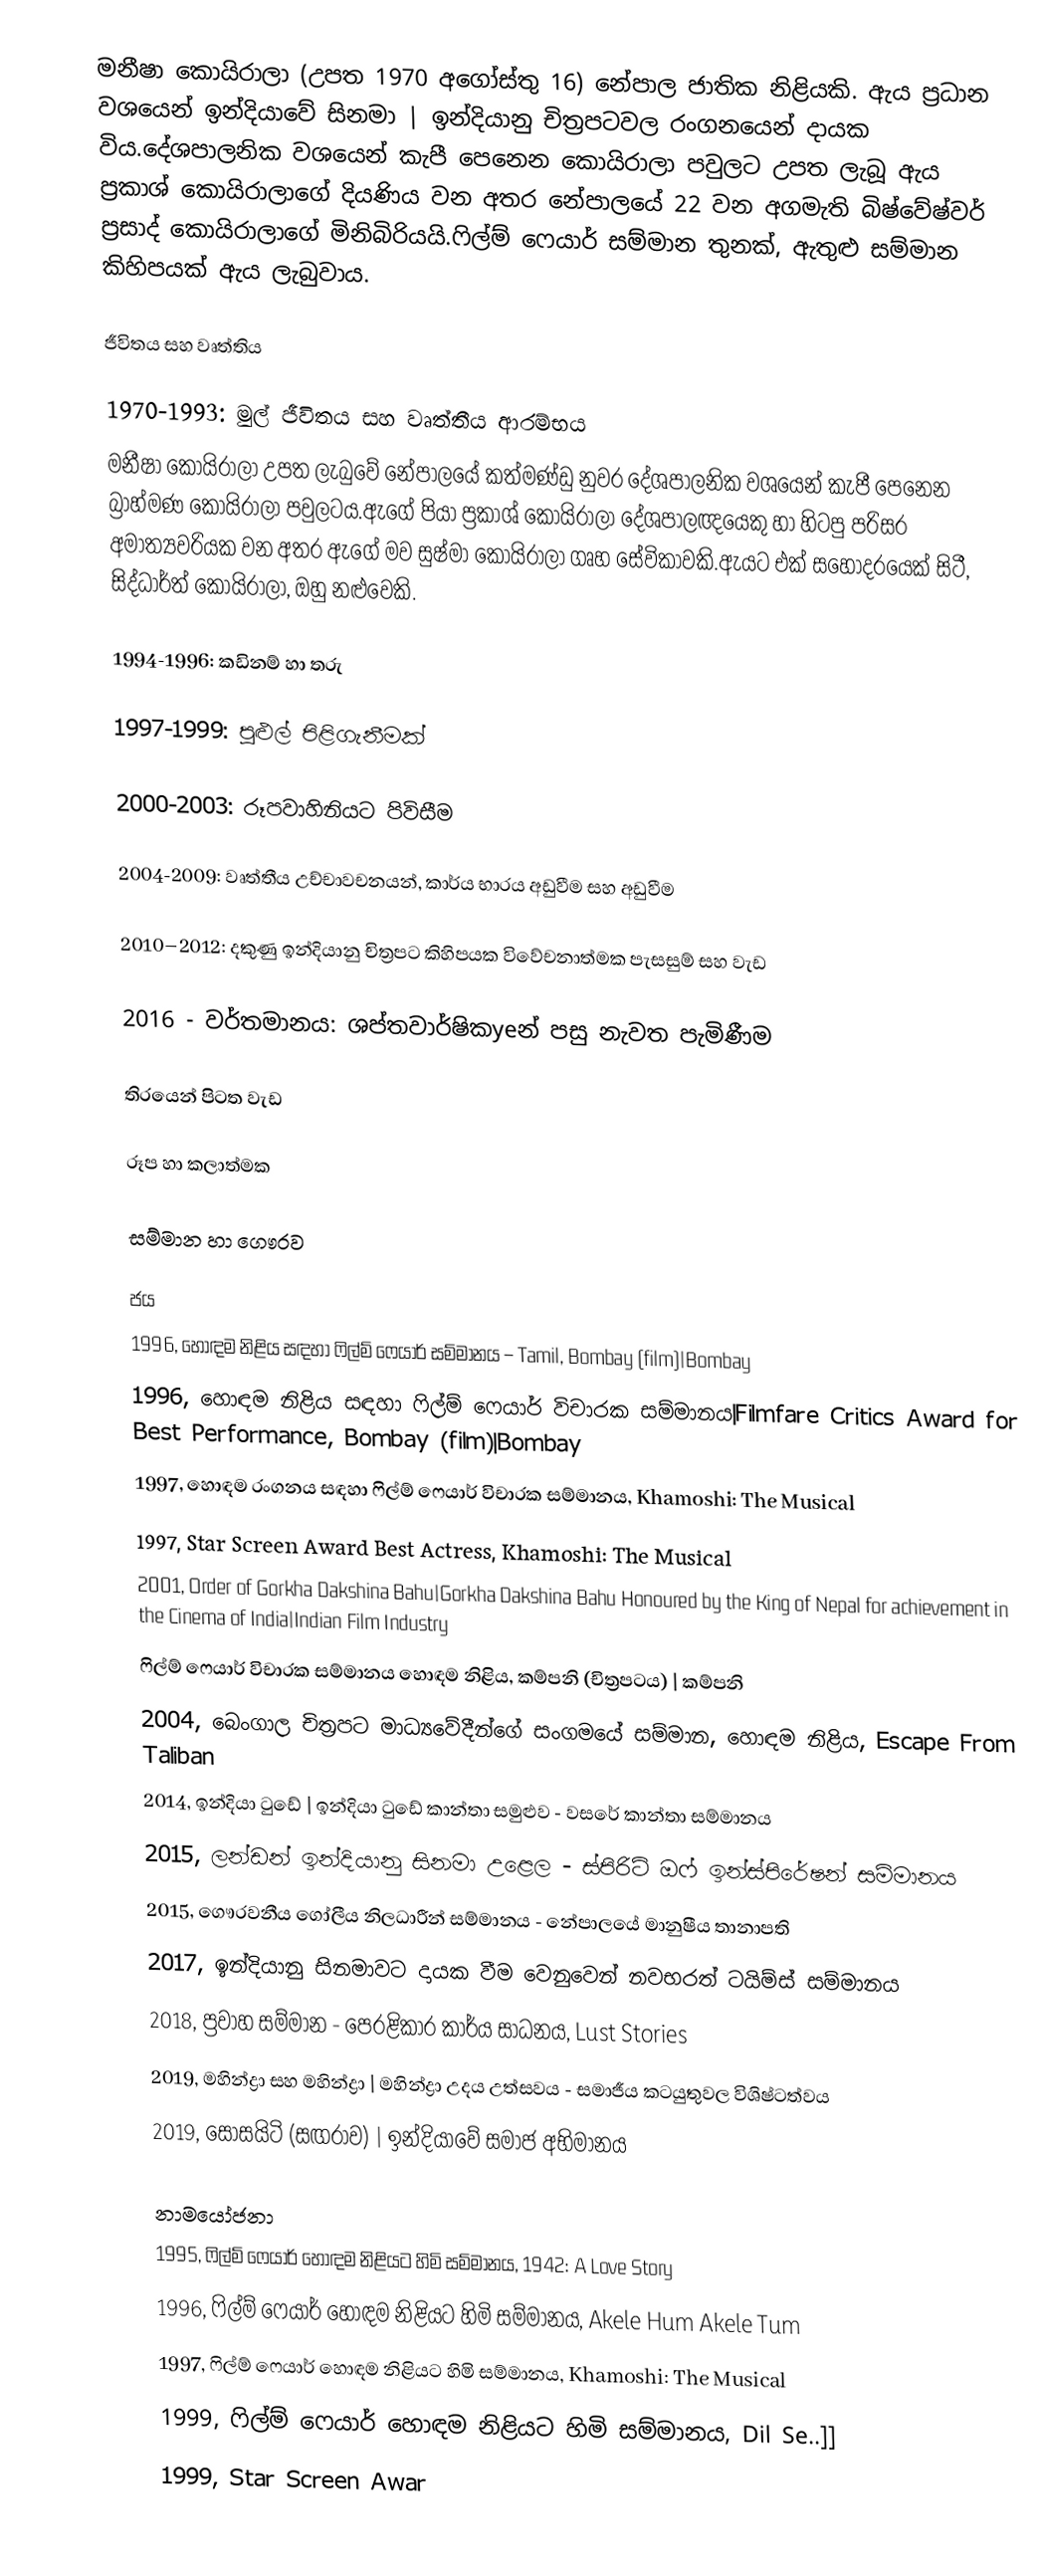
මනීෂා කොයිරාලා (උපත 1970 අගෝස්තු 16) නේපාල ජාතික නිළියකි. ඇය ප්‍රධාන වශයෙන් ඉන්දියාවේ සිනමා | ඉන්දියානු චිත්‍රපටවල රංගනයෙන් දායක විය.දේශපාලනික වශයෙන් කැපී පෙනෙන කොයිරාලා පවුලට උපත ලැබූ ඇය ප්‍රකාශ් කොයිරාලාගේ දියණිය වන අතර නේපාලයේ 22 වන අගමැති බිෂ්වේෂ්වර් ප්‍රසාද් කොයිරාලාගේ මිනිබිරියයි.ෆිල්ම් ෆෙයාර් සම්මාන තුනක්, ඇතුළු සම්මාන කිහිපයක් ඇය ලැබුවාය.

ජීවිතය සහ වෘත්තිය

1970-1993: මුල් ජීවිතය සහ වෘත්තීය ආරම්භය
මනීෂා කොයිරාලා උපත ලැබුවේ නේපාලයේ කත්මණ්ඩු නුවර දේශපාලනික වශයෙන් කැපී පෙනෙන බ්‍රාහ්මණ කොයිරාලා පවුලටය.ඇගේ පියා ප්‍රකාශ් කොයිරාලා දේශපාලඥයෙකු හා හිටපු පරිසර අමාත්‍යවරියක වන අතර ඇගේ මව සුෂ්මා කොයිරාලා ගෘහ සේවිකාවකි.ඇයට එක් සහෝදරයෙක් සිටී, සිද්ධාර්ත් කොයිරාලා, ඔහු නළුවෙකි.

1994-1996: කඩිනම් හා තරු

1997-1999: පුළුල් පිළිගැනීමක්

2000-2003: රූපවාහිනියට පිවිසීම

2004-2009: වෘත්තීය උච්චාවචනයන්, කාර්ය භාරය අඩුවීම සහ අඩුවීම

2010–2012: දකුණු ඉන්දියානු චිත්‍රපට කිහිපයක විවේචනාත්මක පැසසුම් සහ වැඩ

2016 - වර්තමානය: ශප්තවාර්ෂිකyeන් පසු නැවත පැමිණීම

තිරයෙන් පිටත වැඩ

රූප හා කලාත්මක

සම්මාන හා ගෞරව

ජය
 1996, හොඳම නිළිය සඳහා ෆිල්ම් ෆෙයාර් සම්මානය – Tamil, Bombay (film)|Bombay
 1996, හොඳම නිළිය සඳහා ෆිල්ම් ෆෙයාර් විචාරක සම්මානය|Filmfare Critics Award for Best Performance, Bombay (film)|Bombay
 1997, හොඳම රංගනය සඳහා ෆිල්ම් ෆෙයාර් විචාරක සම්මානය, Khamoshi: The Musical
 1997, Star Screen Award Best Actress, Khamoshi: The Musical
 2001, Order of Gorkha Dakshina Bahu|Gorkha Dakshina Bahu Honoured by the King of Nepal for achievement in the Cinema of India|Indian Film Industry
 ෆිල්ම් ෆෙයාර් විචාරක සම්මානය හොඳම නිළිය, කම්පනි (චිත්‍රපටය) | කම්පනි
 2004, බෙංගාල චිත්‍රපට මාධ්‍යවේදීන්ගේ සංගමයේ සම්මාන, හොඳම නිළිය, Escape From Taliban
 2014, ඉන්දියා ටුඩේ | ඉන්දියා ටුඩේ කාන්තා සමුළුව - වසරේ කාන්තා සම්මානය
 2015, ලන්ඩන් ඉන්දියානු සිනමා උළෙල - ස්පිරිට් ඔෆ් ඉන්ස්පිරේෂන් සම්මානය
 2015, ගෞරවනීය ගෝලීය නිලධාරීන් සම්මානය - නේපාලයේ මානුෂීය තානාපති
 2017, ඉන්දියානු සිනමාවට දායක වීම වෙනුවෙන් නවභරත් ටයිම්ස් සම්මානය
 2018, ප්‍රවාහ සම්මාන - පෙරළිකාර කාර්ය සාධනය, Lust Stories
 2019, මහින්ද්‍රා සහ මහින්ද්‍රා | මහින්ද්‍රා උදය උත්සවය - සමාජීය කටයුතුවල විශිෂ්ටත්වය
 2019, සොසයිටි (සඟරාව) | ඉන්දියාවේ සමාජ අභිමානය

නාමයෝජනා
 1995, ෆිල්ම් ෆෙයාර් හොඳම නිළියට හිමි සම්මානය, 1942: A Love Story
 1996, ෆිල්ම් ෆෙයාර් හොඳම නිළියට හිමි සම්මානය, Akele Hum Akele Tum
 1997, ෆිල්ම් ෆෙයාර් හොඳම නිළියට හිමි සම්මානය, Khamoshi: The Musical
 1999, ෆිල්ම් ෆෙයාර් හොඳම නිළියට හිමි සම්මානය, Dil Se..]]
 1999, Star Screen Awar